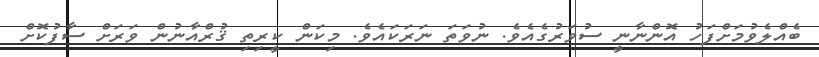
ބެއްލެވުމަށްފަހު އޮންނާނީ ސުވަރުގެއެވެ. ނުވަތަ ނަރަކައެވެ. މިކަން ކީރިތި ޤުރްއާނުން ވަރަށް ސާފުކޮށް